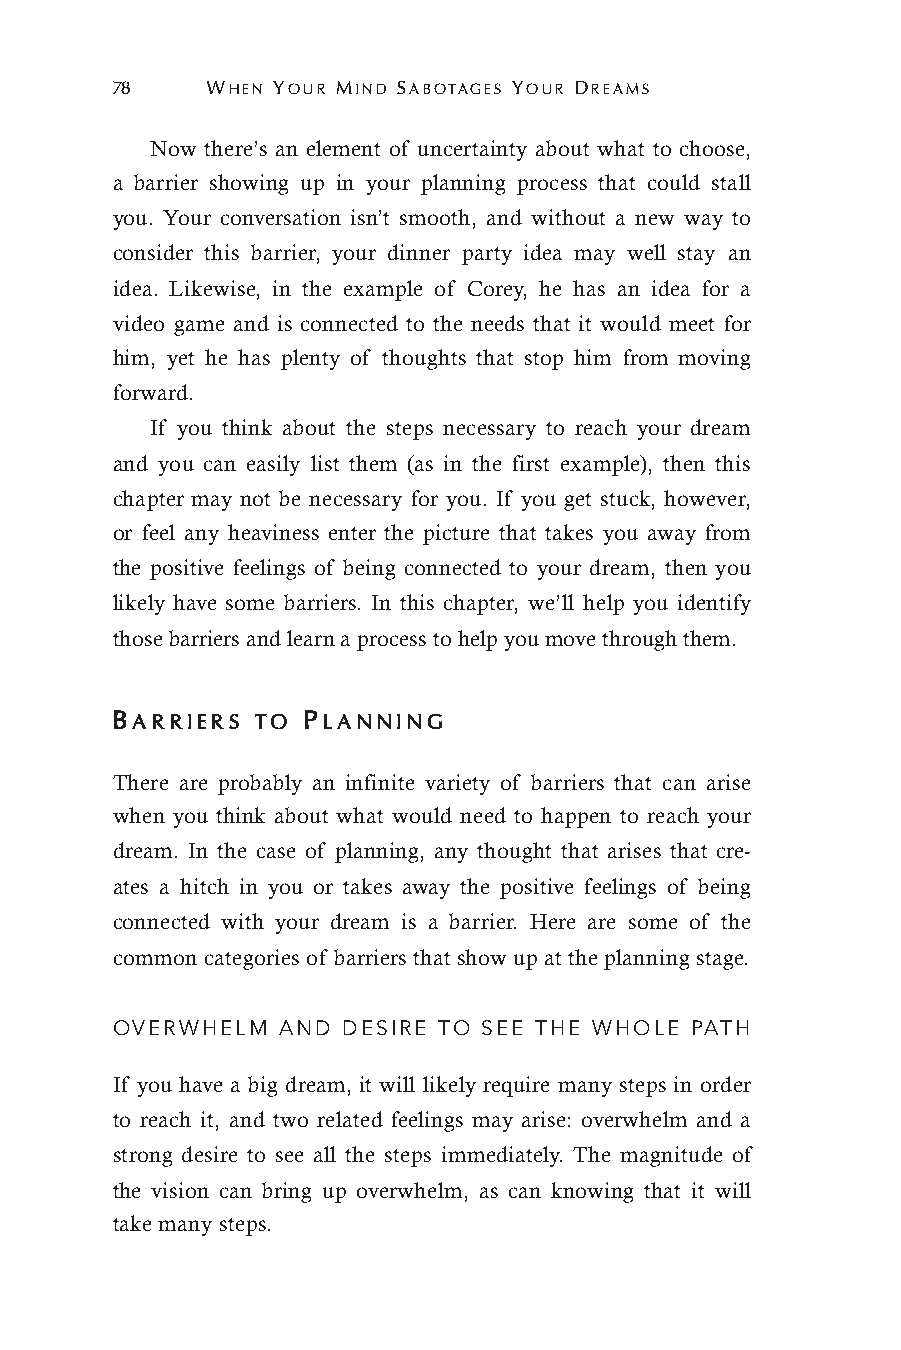
78     WHEN YOUR MIND SABOTAGES YOUR DREAMS
 Now there’s an element of uncertainty about what to choose,
 a barrier showing up in your planning process that could stall
 you. Your conversation isn’t smooth, and without a new way to
 consider this barrier, your dinner party idea may well stay an
 idea. Likewise, in the example of Corey, he has an idea for a
 video game and is connected to the needs that it would meet for
 him, yet he has plenty of thoughts that stop him from moving
 forward.
 If you think about the steps necessary to reach your dream
 and you can easily list them (as in the first example), then this
 chapter may not be necessary for you. If you get stuck, however,
 or feel any heaviness enter the picture that takes you away from
 the positive feelings of being connected to your dream, then you
 likely have some barriers. In this chapter, we’ll help you identify
 those barriers and learn a process to help you move through them.
 BARRIERS  TO PLANNING
 There are probably an infinite variety of barriers that can arise
 when you think about what would need to happen to reach your
 dream. In the case of planning, any thought that arises that cre-
 ates a hitch in you or takes away the positive feelings of being
 connected with your dream is a barrier. Here are some of the
 common categories of barriers that show up at the planning stage.
 OVERWHELM  AND  DESIRE TO SEE THE WHOLE PATH
 If you have a big dream, it will likely require many steps in order
 to reach it, and two related feelings may arise: overwhelm and a
 strong desire to see all the steps immediately. The magnitude of
 the vision can bring up overwhelm, as can knowing that it will
 take many steps.